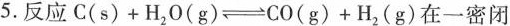
5. 反应$$C ( s ) + H_{ 2 } O ( g )$$ \rightleftharpoons $$C O ( g ) + H_{ 2 }( g )$$ 在一密闭